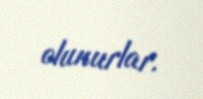
olunurlar.